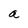
Character: a